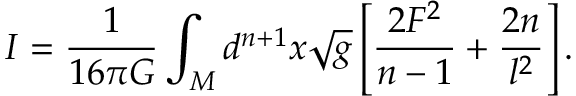
I = \frac { 1 } { 1 6 { \pi } G } \int _ { M } d ^ { n + 1 } x \sqrt { g } \left[ \frac { 2 F ^ { 2 } } { n - 1 } + \frac { 2 n } { l ^ { 2 } } \right] .